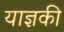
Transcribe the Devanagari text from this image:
याज्ञकी